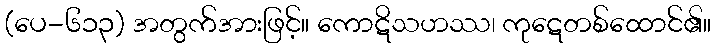
(ပေ-၆၁၃) အတွက်အားဖြင့်။ ကောဋိသဟဿ၊ ကုဋေတစ်ထောင်၏။